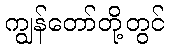
ကျွန်တော်တို့တွင်